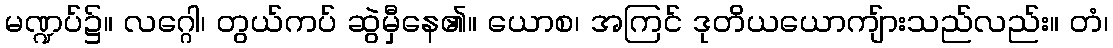
မဏ္ဍပ်၌။ လဂ္ဂေါ၊ တွယ်ကပ် ဆွဲမှီနေ၏။ ယောစ၊ အကြင် ဒုတိယယောကျ်ားသည်လည်း။ တံ၊